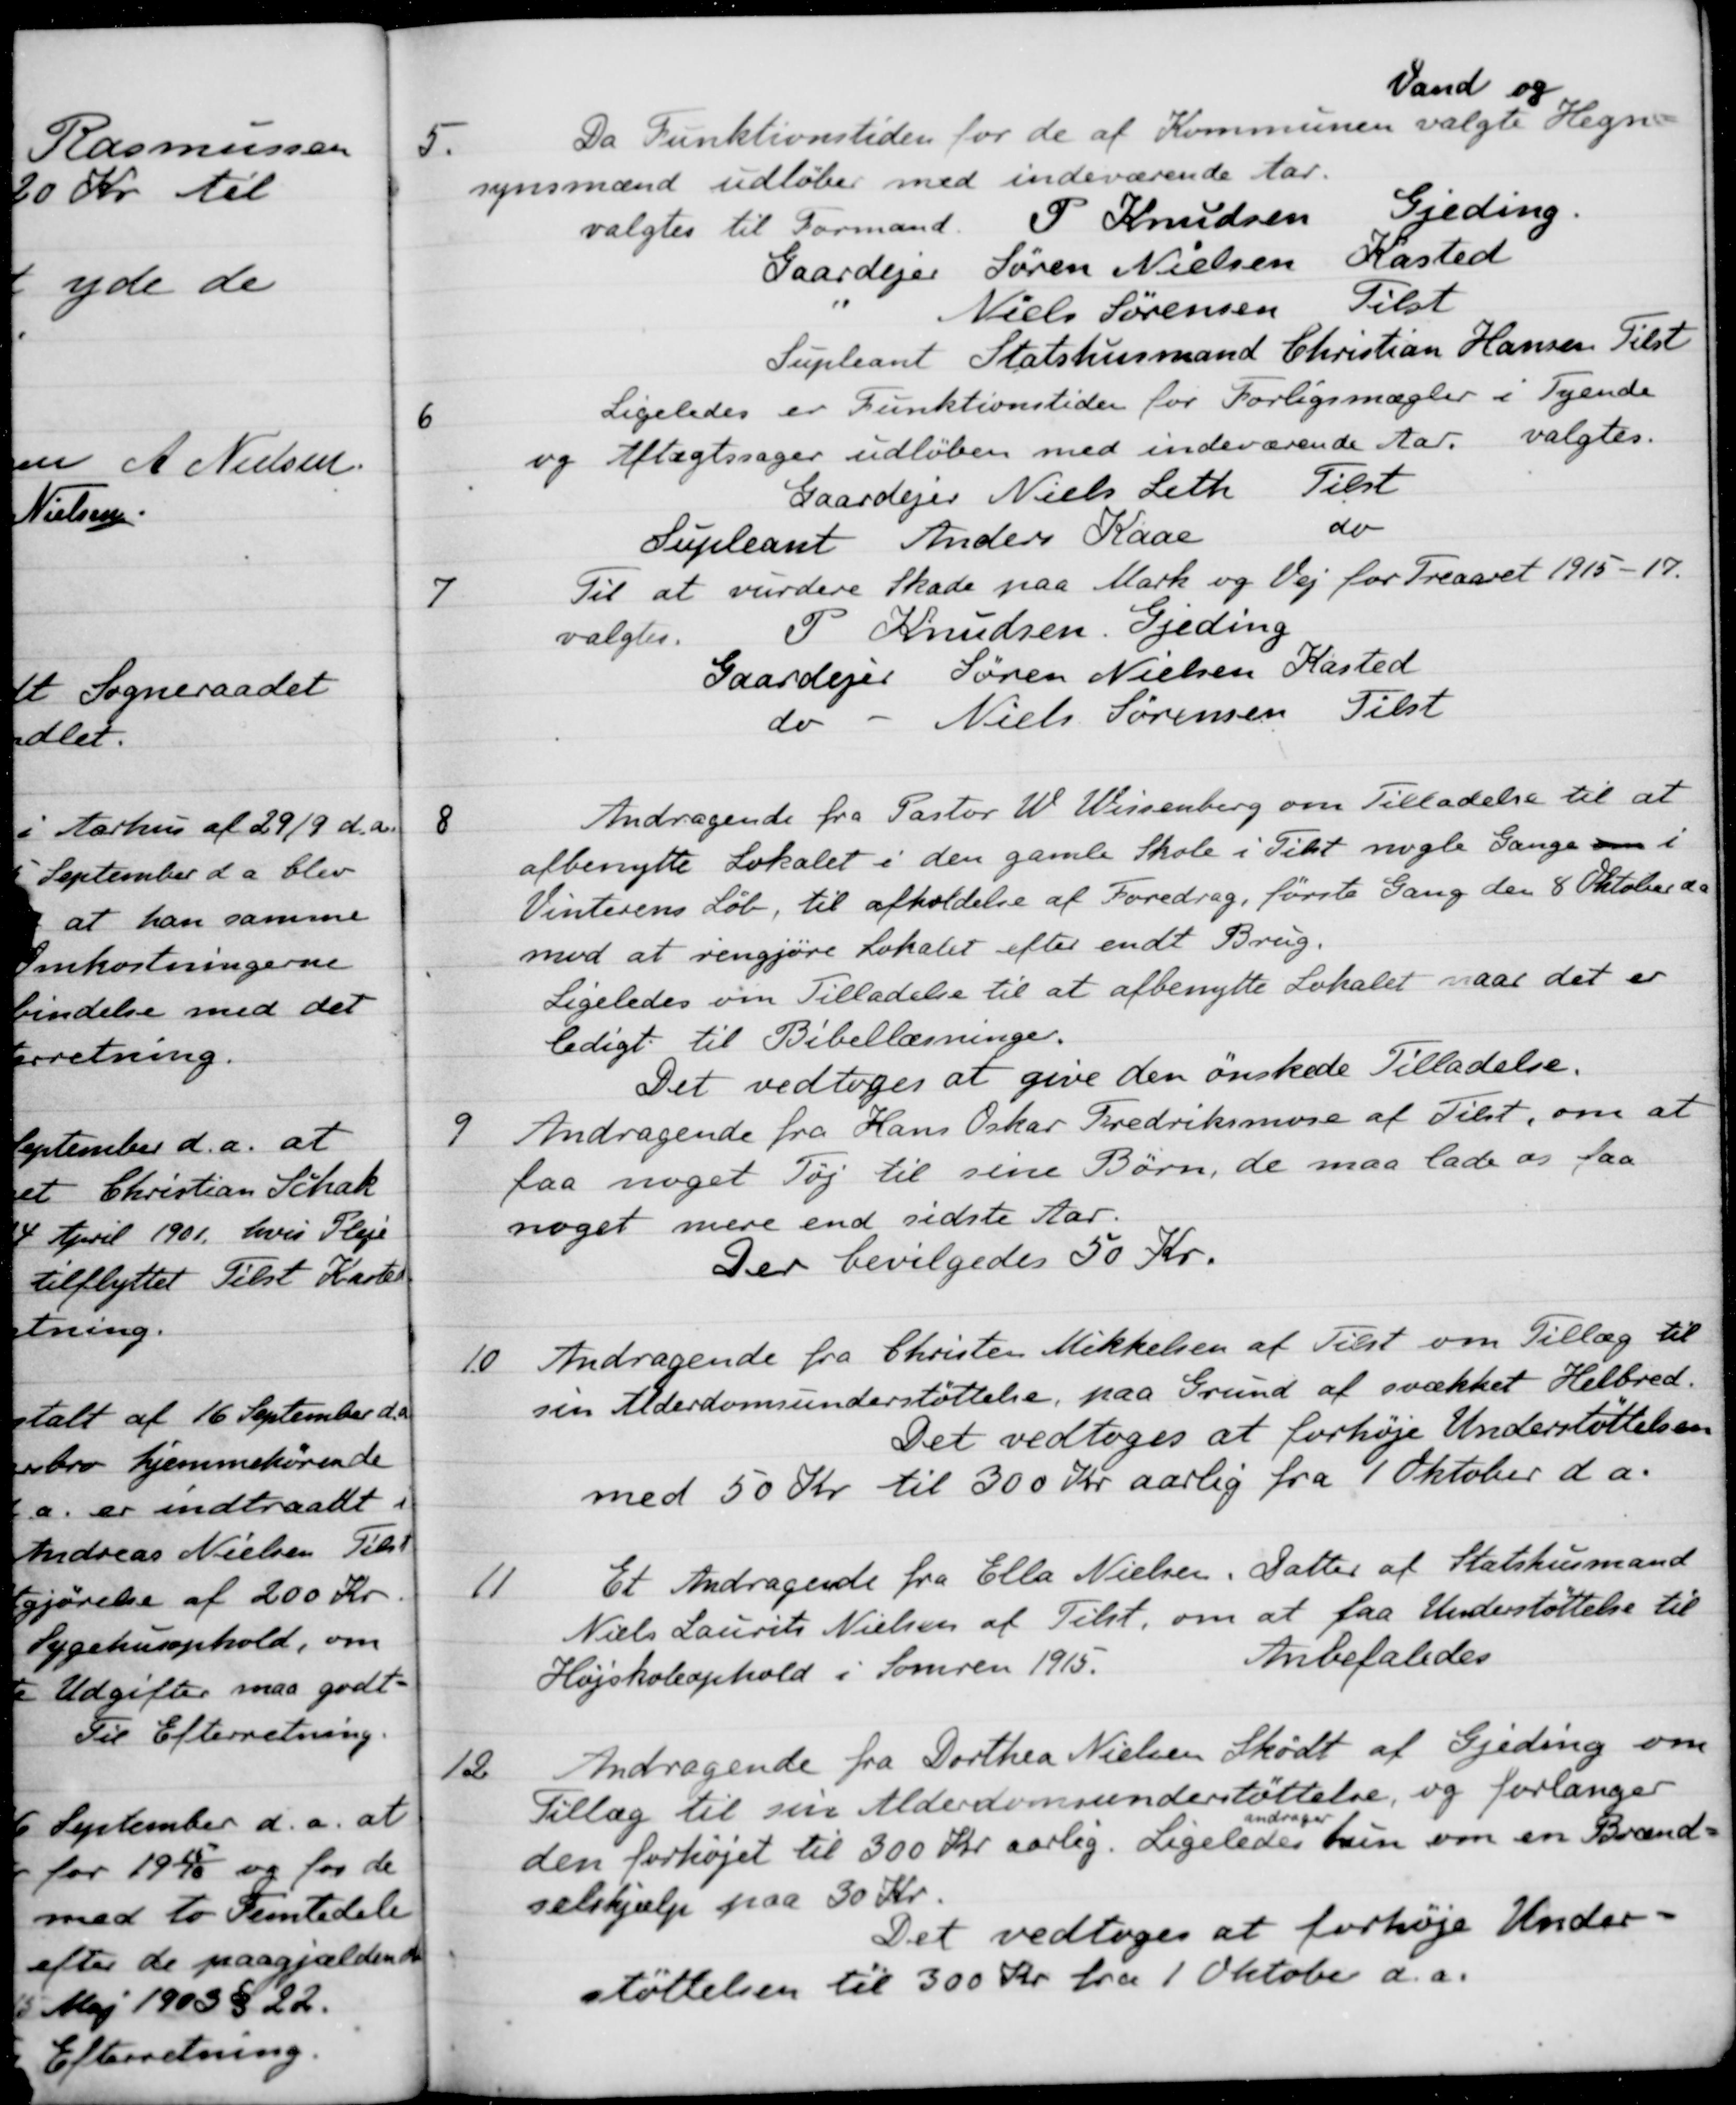
Transskription:
5.
Da Funktionstiden for de af Kommunen valgte
Vand og
Hegn-
synsmænd udløber med indeværende Aar.
valgtes til Formand P Knudsen Gjeding
Gaardejer Søren Nielsen Kasted
Niels Sørensen Tilst
Supleant Statshusmand Christian Hansen Tilst
6
Ligeledes er Funktionstiden for Forligsmægler i Tyende
og Aftægtssager udløben med indeværende Aar, valgtes.
Gaardejer Niels Leth Tilst
Supleant Anders Kaae
do
7
Til at vurdere Skade paa Mark og Vej for Treaaret 1915-17.
valgtes.
P Knudsen, Gjeding
Gaardejer Søren Nielsen Kasted
do
Niels Sørensen Tilst
8
Andragende fra Pastor W. Wissenberg om Tilladelse til at
afbenytte Lokalet i den gamle Skole i Tilst nogle Gange om i
Vinterens Løb til afholdelse af Foredrag, første Gang den 8 Oktober d a
mod at rengjøre Lokalet efter endt Brug.
Ligeledes om Tilladelse til at afbenytte Lokalet naar det er
ledigt til Bibellæsninger.
Det vedtoges at give den ønskede Tilladelse.
9
Andragende fra Hans Oskar Fredriksmose af Tilst, om at
faa noget Tøj til sine Børn, de maa lade os faa
noget mere end sidste Aar.
Der bevilgedes 50 Kr.
10.
Andragende fra Christen Mikkelsen af Tilst om Tillæg til
sen Alderdomsunderstøttelse, paa Grund af svækket Helbred.
Det vedtoges at forhøje Understøttelsen
med 50 Kr. til 300 Kr aarlig fra 1 Oktober d a.
11
Et Andragende fra Ella Nielsen, Datter af Statshusmand
Niels Laurits Nielsen af Tilst, om at faa Understøttelse til
Højskoleophold i Somren 1915.
Anbefaledes
12
Andragende fra Dorthea Nielsen Skødt af Gjeding om
Tillæg til sin Alderdomsunderstøttelse, og forlanger
den forhøjet til 300 Kr. aarlig. Ligeledes
andrager
hun om en Brænd-
selshjælp paa 30 Kr.
Det vedtoges at forhøje Under-
støttelsen til 300 Kr. fra 1 Oktober d.a.